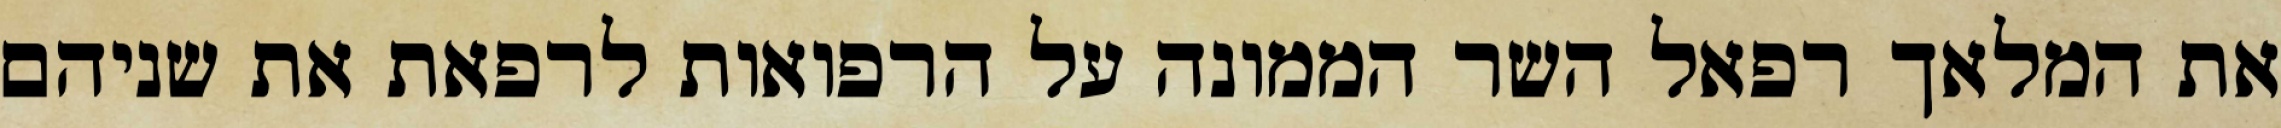
את המלאך רפאל השר הממונה על הרפואות לרפאת את שניהם